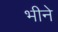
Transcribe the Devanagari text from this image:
भीने